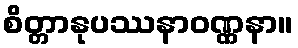
စိတ္တာနုပဿနာဝဏ္ဏနာ။